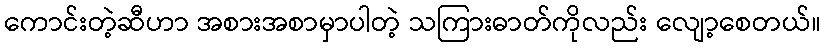
ကောင်းတဲ့ဆီဟာ အစားအစာမှာပါတဲ့ သကြားဓာတ်ကိုလည်း လျော့စေတယ်။